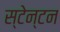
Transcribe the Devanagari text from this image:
स्टेन्टन